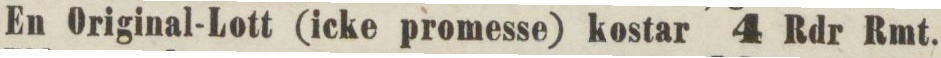
En Original-Lott (icke promesse) kostar 4 Rdr Rmt.